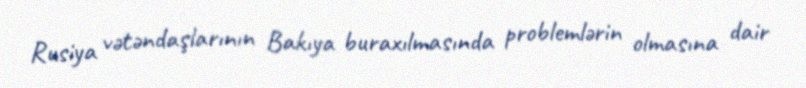
Rusiya vətəndaşlarının Bakıya buraxılmasında problemlərin olmasına dair